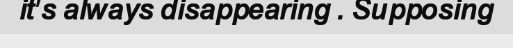
it's always disappearing . Supposing